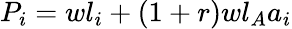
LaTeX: P_{i}=wl_{i}+(1+r)wl_{A}a_{i}